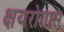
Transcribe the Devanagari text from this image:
क्षयरोगास